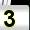
Digit: 3